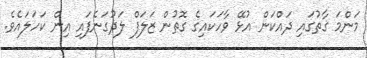
މަންމަ ގާތުގައި ދައްކަން އުޅޭ ވާހަކައިގެ ގޮތުން ޒަލަފް ލަދުގަނެފައި އިން ކަހަލައެވެ.